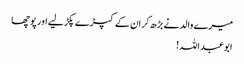
میرے والد نے بڑھ کر ان کے کپڑے پکڑ لیے اور پوچھا
ابوعبداللہ!